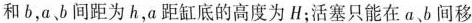
和b，a、b间距为h，a距缸底的高度为H；活塞只能在a、b间移